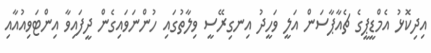
އިދިކޮޅު އެމްޑީޕީގެ ޗެއާޕާސަން އަލީ ވަހީދު އިނގިރޭސީ ވިލާތުގައި ހުންނަވައިގެން ދީފައިވާ އިންޓަވިއުއާއި